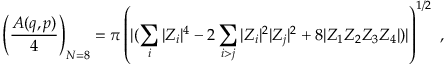
\left( { \frac { A ( q , p ) } { 4 } } \right) _ { N = 8 } = \pi \left( { | ( \sum _ { i } | Z _ { i } | ^ { 4 } - 2 \sum _ { i > j } | Z _ { i } | ^ { 2 } | Z _ { j } | ^ { 2 } + 8 | Z _ { 1 } Z _ { 2 } Z _ { 3 } Z _ { 4 } | } ) | \right) ^ { 1 / 2 } \ ,